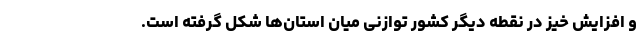
و افزایش خیز در نقطه دیگر کشور توازنی میان استان‌ها شکل گرفته است.